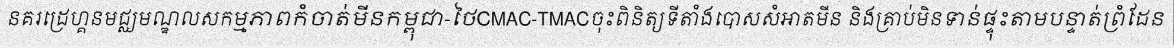
នគរដ្រេហ្គនមជ្ឈមណ្ឌលសកម្មភាពកំចាត់មីនកម្ពុជា-ថៃCMAC-TMACចុះពិនិត្យទីតាំងបោសសំអាតមីន និងគ្រាប់មិនទាន់ផ្ទុះតាមបន្ទាត់ព្រំដែន